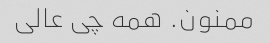
ممنون. همه چی عالی